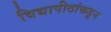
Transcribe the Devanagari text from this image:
विद्यापीठांकडून